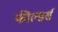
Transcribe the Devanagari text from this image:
फील्डर्स